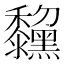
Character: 𪒺